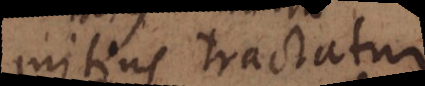
mitius tractatur.